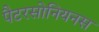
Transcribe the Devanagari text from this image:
पैटरसोनियनस